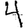
Digit: 4